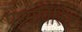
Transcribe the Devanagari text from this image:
परमविशिष्ट